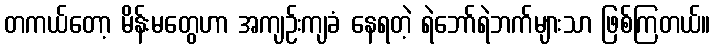
တကယ်တော့ မိန်းမတွေဟာ အကျဉ်းကျခံ နေရတဲ့ ရဲဘော်ရဲဘက်များသာ ဖြစ်ကြတယ်။